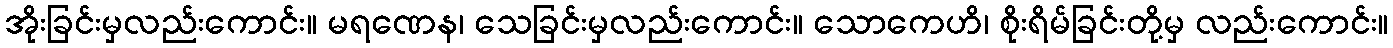
အိုးခြင်းမှလည်းကောင်း။ မရဏေန၊ သေခြင်းမှလည်းကောင်း။ သောကေဟိ၊ စိုးရိမ်ခြင်းတို့မှ လည်းကောင်း။